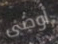
أوصى